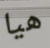
هيا